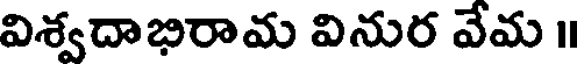
విశ్వదాభిరామ వినుర వేమ ॥